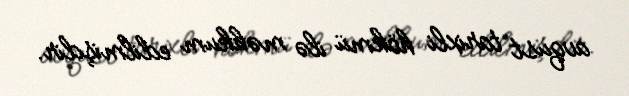
avqust tarixli hökmü ilə məhkum edilmişdir.